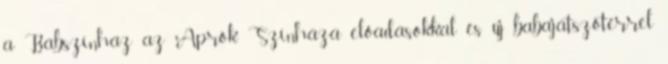
a Bábszínház az Aprók Színháza előadásokkal és új babajátszótérrel